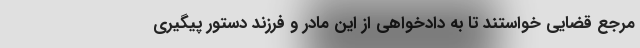
مرجع قضایی خواستند تا به دادخواهی از این مادر و فرزند دستور پیگیری